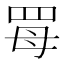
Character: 𦊏